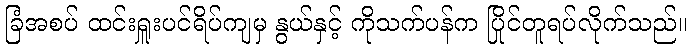
ခြံအစပ် ထင်းရှူးပင်ရိပ်ကျမှ နွယ်နှင့် ကိုသက်ပန်က ပြိုင်တူရပ်လိုက်သည်။